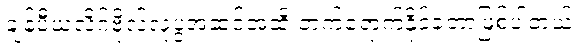
ချန်ပီယံလိဂ်ဗိုလ်လုပွဲအဆင့်အထိ တက်ရောက်နိုင်ခဲ့တာဖြစ်ပါတယ်။